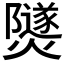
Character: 𤑾